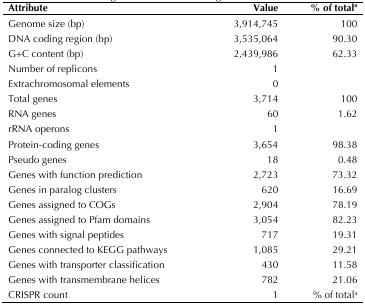
<table><thead><tr><td><b>Attribute</b></td><td><b>Value</b></td><td><b>% of total<sup>a</sup></b></td></tr></thead><tbody><tr><td>Genome size (bp)</td><td>3,914,745</td><td>100</td></tr><tr><td>DNA coding region (bp)</td><td>3,535,064</td><td>90.30</td></tr><tr><td>G+C content (bp)</td><td>2,439,986</td><td>62.33</td></tr><tr><td>Number of replicons</td><td>1</td><td></td></tr><tr><td>Extrachromosomal elements</td><td>0</td><td></td></tr><tr><td>Total genes</td><td>3,714</td><td>100</td></tr><tr><td>RNA genes</td><td>60</td><td>1.62</td></tr><tr><td>rRNA operons</td><td>1</td><td></td></tr><tr><td>Protein-coding genes</td><td>3,654</td><td>98.38</td></tr><tr><td>Pseudo genes</td><td>18</td><td>0.48</td></tr><tr><td>Genes with function prediction</td><td>2,723</td><td>73.32</td></tr><tr><td>Genes in paralog clusters</td><td>620</td><td>16.69</td></tr><tr><td>Genes assigned to COGs</td><td>2,904</td><td>78.19</td></tr><tr><td>Genes assigned to Pfam domains</td><td>3,054</td><td>82.23</td></tr><tr><td>Genes with signal peptides</td><td>717</td><td>19.31</td></tr><tr><td>Genes connected to KEGG pathways</td><td>1,085</td><td>29.21</td></tr><tr><td>Genes with transporter classification</td><td>430</td><td>11.58</td></tr><tr><td>Genes with transmembrane helices</td><td>782</td><td>21.06</td></tr><tr><td>CRISPR count</td><td>1</td><td>% of total<sup>a</sup></td></tr></tbody></table>